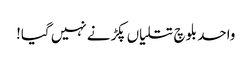
واحد بلوچ تتلیاں پکڑنے نہیں گیا!